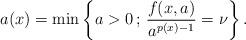
LaTeX: \begin{align*} a(x) = \min \left\{ a > 0 \, ; \, \frac{f(x,a)}{a^{ p(x)-1 }} = \nu \right\}.\end{align*}